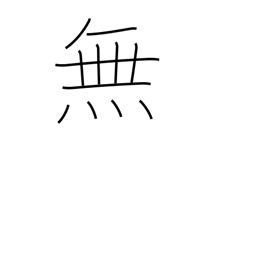
Meaning: not